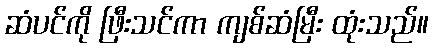
ဆံပင်ကို ဖြီးသင်ကာ ကျစ်ဆံမြီး ထုံးသည်။